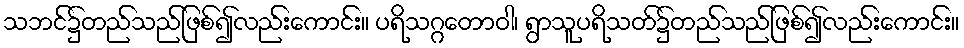
သဘင်၌တည်သည်ဖြစ်၍လည်းကောင်း။ ပရိသဂ္ဂတောဝါ၊ ရွာသူပရိသတ်၌တည်သည်ဖြစ်၍လည်းကောင်း။